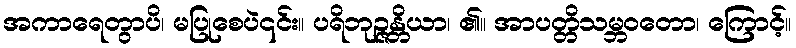
အကာရေတွာပိ၊ မပြုစေပဲ၎င်း။ ပရိဘုဉ္ဇန္တိယာ၊ ၏။ အာပတ္တိသမ္ဘဝတော၊ ကြောင့်။